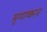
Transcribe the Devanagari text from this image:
मृगाकार